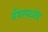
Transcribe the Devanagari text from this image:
पँथरमध्येच